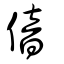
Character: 偣